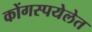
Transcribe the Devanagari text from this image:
कोंगस्पयेलेत